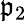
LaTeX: \mathfrak{p}_{2}